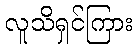
လူသိရှင်ကြား